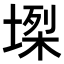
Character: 𡏫